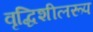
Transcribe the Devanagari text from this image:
वृद्धिशीलरूप